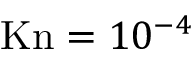
\mathrm { K n } = 1 0 ^ { - 4 }